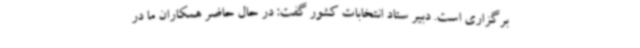
برگزاری است. دبیر ستاد انتخابات کشور گفت: در حال حاضر همکاران ما در